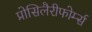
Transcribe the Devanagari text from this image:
प्रोसिलैरीफोर्म्स